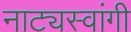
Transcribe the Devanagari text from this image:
नाट्यस्वांगी